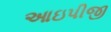
આઇપીજી